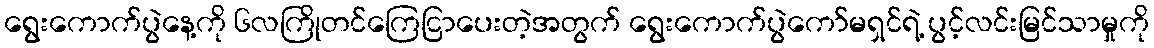
ရွေးကောက်ပွဲနေ့ကို ၆လကြိုတင်ကြေငြာပေးတဲ့အတွက် ရွေးကောက်ပွဲကော်မရှင်ရဲ့ ပွင့်လင်းမြင်သာမှုကို